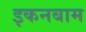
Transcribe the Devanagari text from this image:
इकनबाम